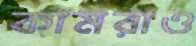
কামরাও